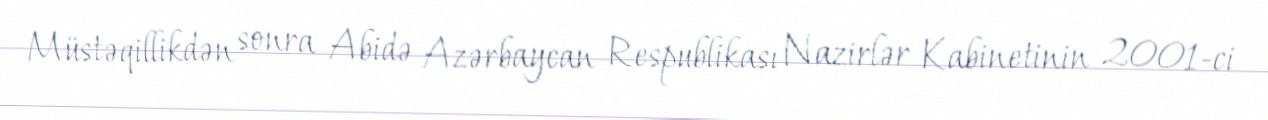
Müstəqillikdən sonra Abidə Azərbaycan Respublikası Nazirlər Kabinetinin 2001-ci